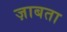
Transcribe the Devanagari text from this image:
ज़ाबता